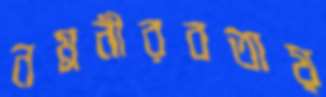
নম্রনীরবতায়